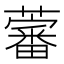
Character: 𧀯